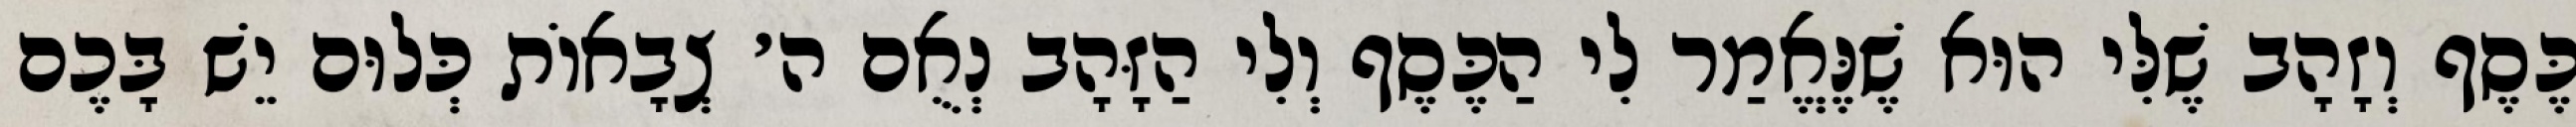
כֶּסֶף וְזָהָב שֶׁלִּי הוּא שֶׁנֶּאֱמַר לִי הַכֶּסֶף וְלִי הַזָּהָב נְאֻם ה׳ צְבָאוֹת כְּלוּם יֵשׁ בָּכֶם